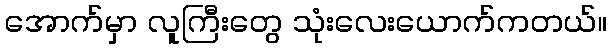
အောက်မှာ လူကြီးတွေ သုံးလေးယောက်ကတယ်။